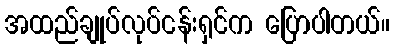
အထည်ချုပ်လုပ်ငန်းရှင်က ပြောပါတယ်။